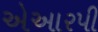
એઆરપી